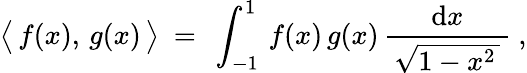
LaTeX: {\bigl\langle}\, f(x),\, g(x)\, {\bigr\rangle}~=~\int_{-1}^{1}\, f(x)\, g(x)\, {\frac{\mathrm{d}x}{\, {\sqrt{1-x^{2}\, }}\, }}~,